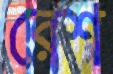
রেশ